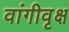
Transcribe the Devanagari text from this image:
वांगीवृक्ष